Aleksander_Warma, lk 3
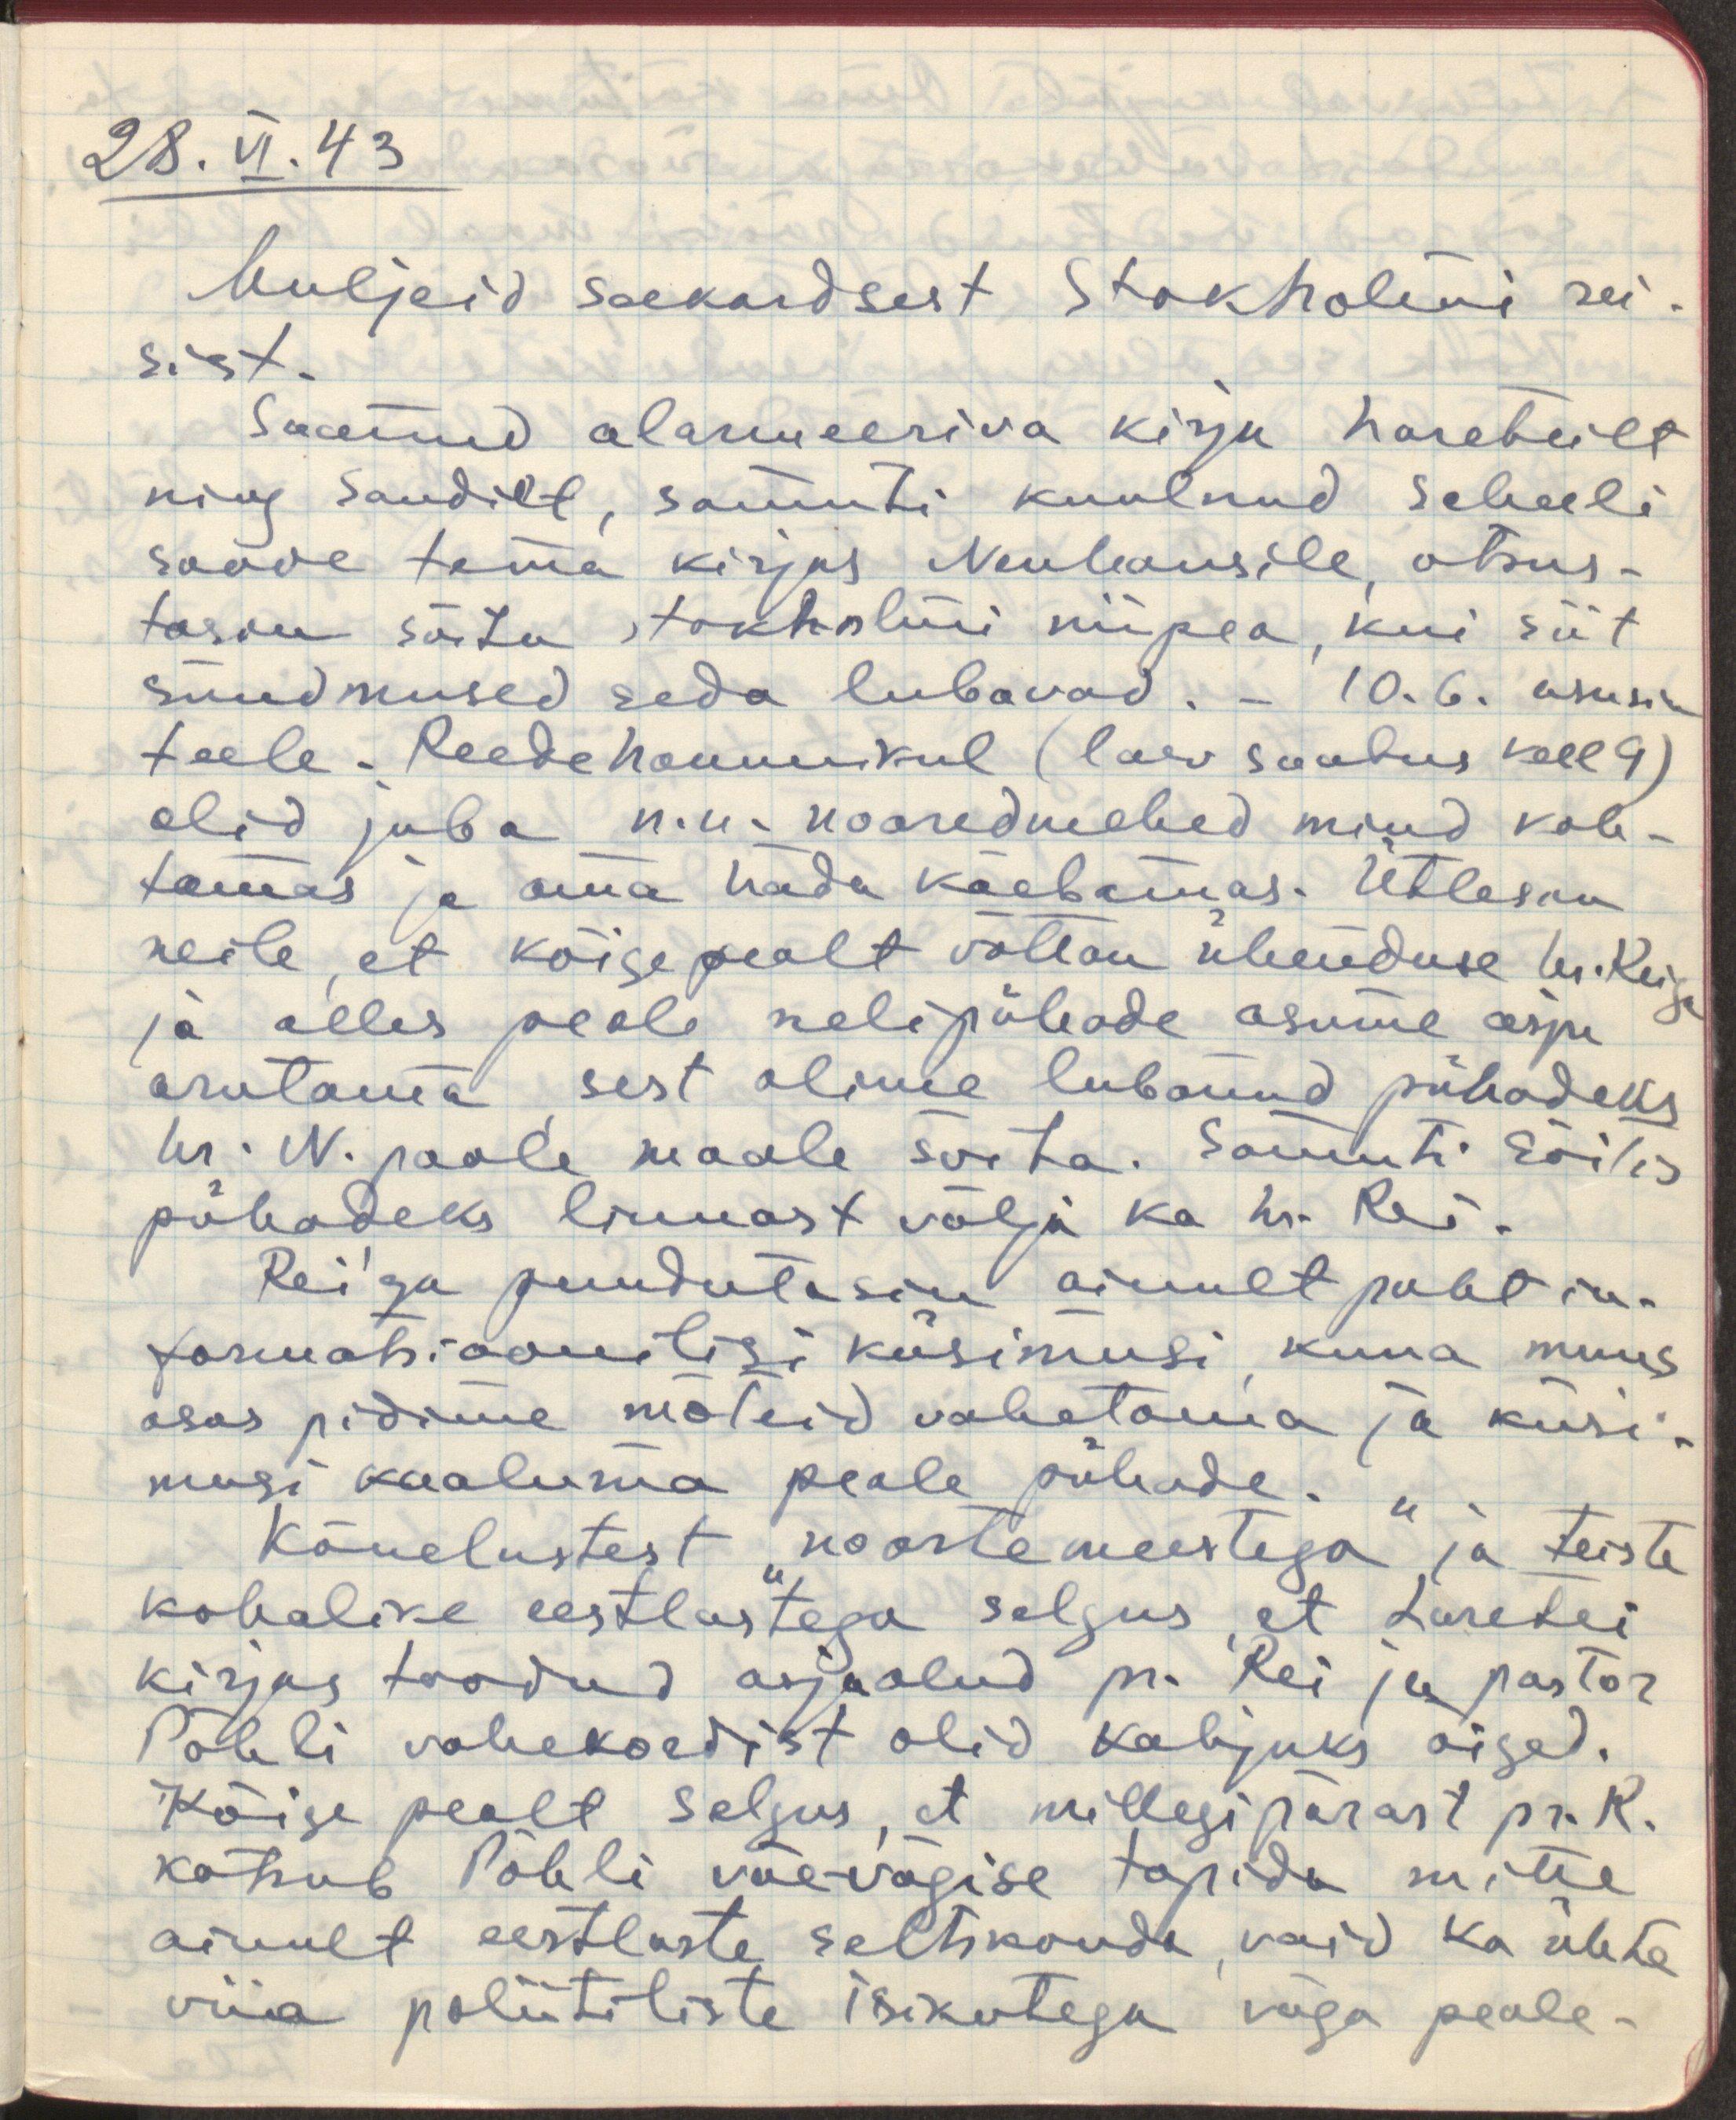
28.VI.43
Muljeid seekordsest Stokholmi rei-
sist.
Saanud alarmeeriva kirja Lareteilt
ning Sandilt, samuti kuulnud Scheeli
soove tema kirjas Neuhausile, otsus-
tasin sõita Stokholmi niipea, kui siit
sündmused seda lubavad.- 10.6 asusin
teele. Reede hommikul (laev saabus kell 9)
olid juba n.n. nooredmehed mind koh-
tamas ja oma häda kaebamas. Ütlesin
neile, et kõigepealt võttan ühenduse hr. Reiga
ja alles peale nelipühade asume asju
arutama sest olime lubanud pühadeks
hr. N. poole maale sõita. Samuti sõitis
pühadeks linnast välja ka hr. Rei.
Reiga puudutasin ainult puht in-
formatsioonilisi küsimusi, kuna muus
alas pidama mõteid vahetama ja küsi-
musi kaaluma peale pühade.
Kõnelustest "noortemeestega" ja teiste
kohalike eestlastega selgus, et Laretei
kirjas toodud asjaolud pr. Rei ja pastor
Pöhli vahekordist olid kahjuks õiged.
Kõige pealt selgus, et millegipärast pr. R.
katsub Pöhli väevägise topida mitte
ainult eestlaste seltskonda, vaid ka ühte
viia poliitiliste isikutega väga peale -